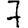
Digit: 7